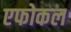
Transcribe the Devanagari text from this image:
एफोकल